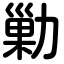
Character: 勦